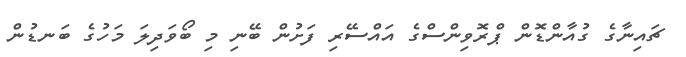
ޗައިނާގެ ގުއާންޑޮން ޕްރޮވިންސްގެ އައްސޭރި ފަށުން ބޭނި މި ބޯވަދިލަ މަހުގެ ބަނޑުން